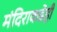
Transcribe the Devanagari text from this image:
मंदिराकडेही